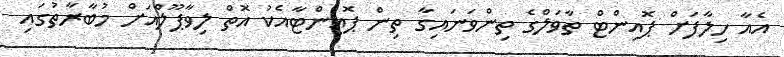
އެއާ ހިލާފަށް ޕޮއިންޓް ތާވަލްގެ ތިންވަނައިގާ ތިން ޕޮއިންޓާއެކު އޮތް ލިވާޕޫލްއަށް މުބާރާތުގައި